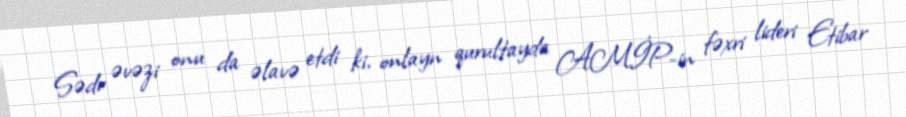
Sədr əvəzi onu da əlavə etdi ki, onlayn qurultayda AMİP-in fəxri lideri Etibar